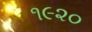
૧૯૨૦